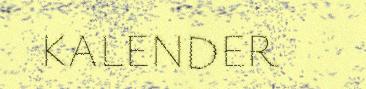
KALENDER